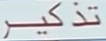
تذکیر